Rae_vallavalitsus, lk 89
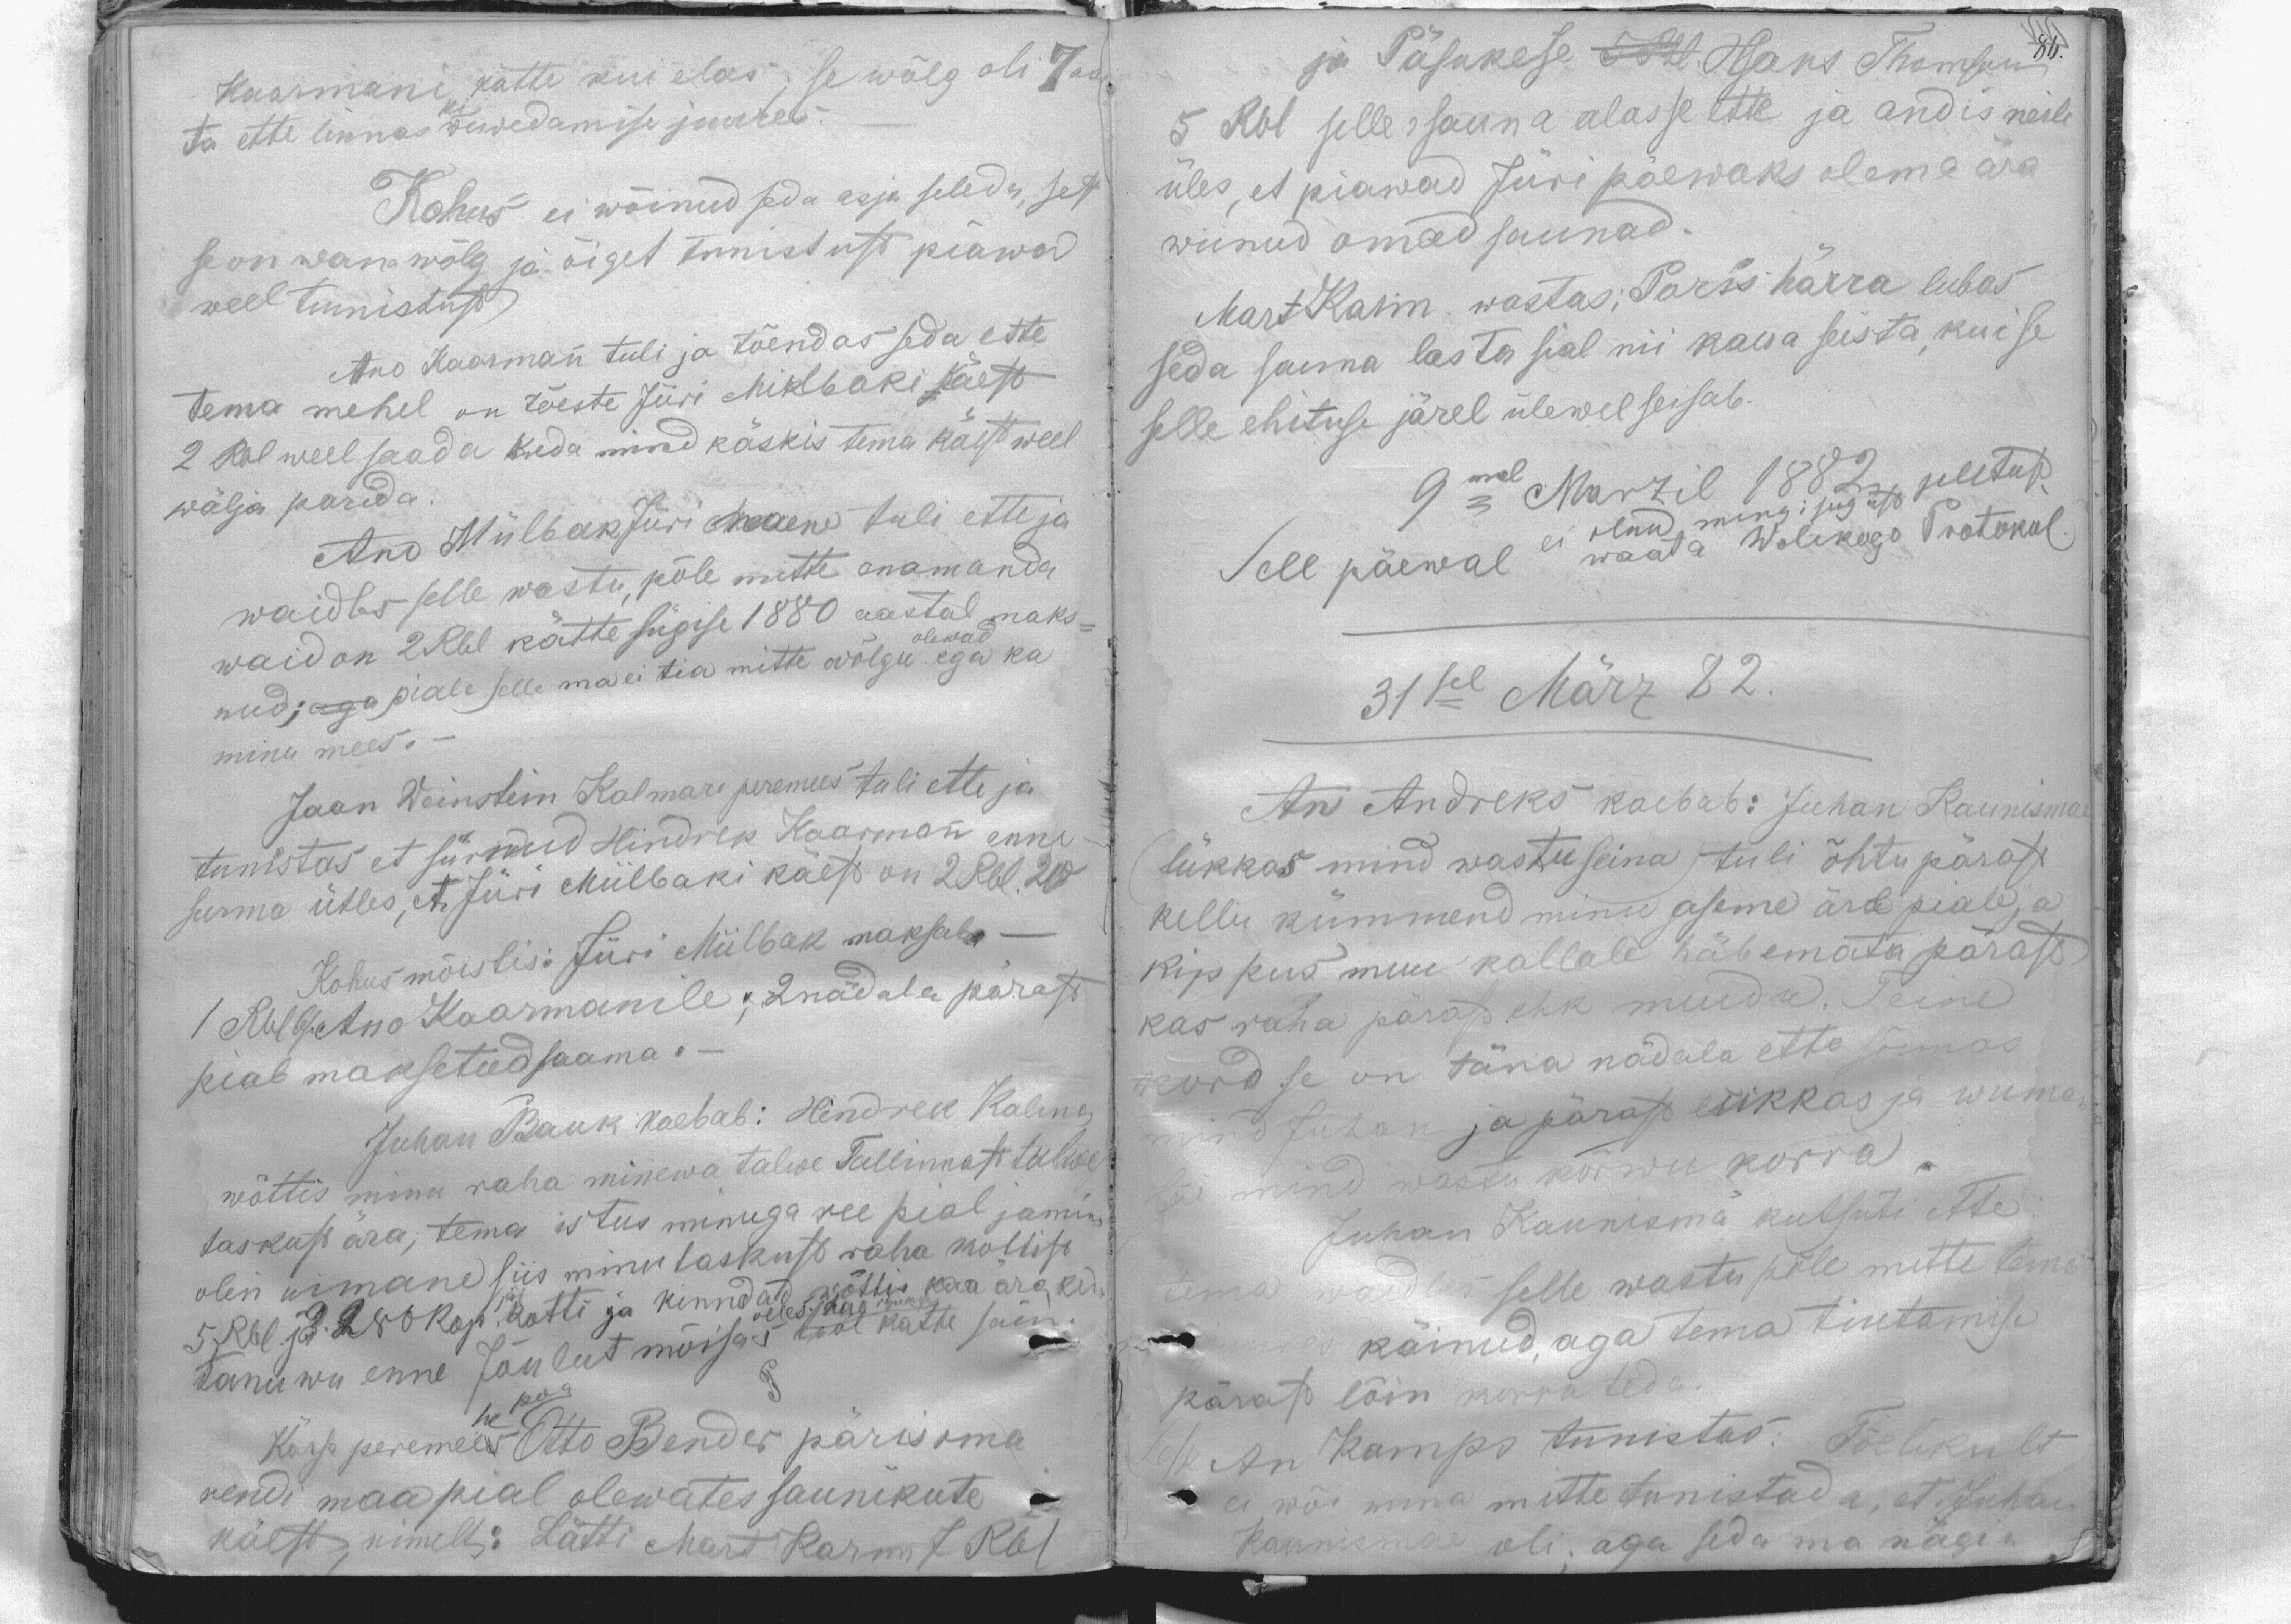
Kaarmani kätte kui elas; se wõlg oli 7 aas
ta ette linnas kiwewedamise juures.
Kohus ei wõinud seda asja seleda, sest
seon wana wõlg ja õiget tunistust piawad
weel tunnistust
Ano Kaarmann tuli ja tõendas seda ette
tema mehel on tõeste Jüri Miklbaki käest
2 Rbl weel saada keda mind käskis tema käest weel
wälja parida.
Ano Miilbak Jüri naene tuli ette ja
waidles selle wastu, põle mitte enam anda
waid on 2 Rbl kätte sügise 1880 aastal maks-
nud; aga peale selle ma ei tia mitte wõlgu ega ka
olewad
minu mees. -
Jaan Weinstein Kalmari peremees tuli ette ja
tunistas, et sürnud Hindrek Kaarmann enne
surma ütles, et Jüri Miilbaki käest on 2 Rbl. 20
Kohus mõistis: Jüri Miilbak maksab. -
1 Rbl 6p Ano Kaarmanile; 2nädala pärast
peab maksetud saama.-
Juhan Bauk kaebab: Hindrek Kalma
wõttis minu raha minewa talwe Tallinnast talwe
taskust ära, tema istus minuga ree peal ja mina
olin uimane siis minu taskust raha kollist
5 Rbl ja 280 kop. jäi kotti ja kinndad wõttis kaa ära keda
olles hao ihukse
tanuwu enne Jõulut mõisas tool kätte sain
Kärsa peremees Otto Bander päris oma
he koa
rendi maa peal olewates saunikute
käest, nimelt: Lätti Mart Karm 7 Rbl

ja Päsukese 5 Rbl. Hans Tomson  86.
5 Rbl selle sauna alasse ette ja andis neile
üles, et piawad Jüri päewaks olema ära
wiinud omad saunad.
Mart Karm wastas: Paris härra lubas
seda sauna lasta sial nii kaua seista, kui se
selle ehituse järel ülewel seisab.
9mal Marzil 1882 seletust
Sell päewal ei waata Wolikogo Protokul.
olnud mingi sugust
31sel März 82.
An Andreks kaebab: Juhan Kaunismae
lükkas mind wastu seina tuli õhtu pärast
kellu kümmend minu aseme äre peale ja
kippus muu kallale häbemata pärast
kas raha pärast ehk muidu. Teine
kord se on täna nädala ette sõimas
mind Juhan ja pärast lükkas ja wiimak
lõi mind wastu kõrwu korra.
Juhan Kaunismä kutsuti ette:
tema waidles selle wastu põle mitte tema
juures käinud, aga tema tiutamise
pärast lõin korra teda.
An Kamps tunistas: Tõelikult
ei wõi mina mitte tunistada, et Juhan
Kannismäe oli; aga seda ma nägin